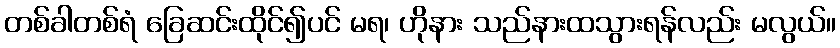
တစ်ခါတစ်ရံ ခြေဆင်းထိုင်၍ပင် မရ၊ ဟိုနား သည်နားထသွားရန်လည်း မလွယ်။